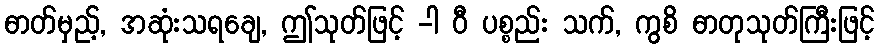
ဓာတ်မှည့်, အဆုံးသရချေ, ဤသုတ်ဖြင့် -ါ ဝီ ပစ္စည်း သက်, ကွစိ ဓာတုသုတ်ကြီးဖြင့်